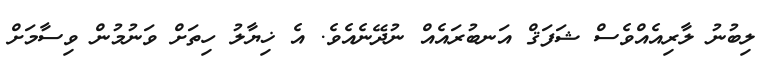
ލިބުނު ލާރިއެއްވެސް ޝަފަޤް އަނބުރައެއް ނުދޭނެއެވެ. އެ ޚިޔާލު ހިތަށް ވަނުމުން ވިސާމަށް